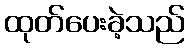
ထုတ်ပေးခဲ့သည်